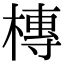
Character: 槫